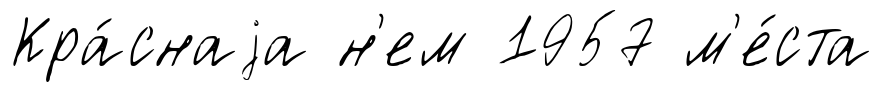
Кра́снаjа н'ем 1957 м'е́ста